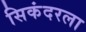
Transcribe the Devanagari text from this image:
सिकंदरला